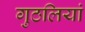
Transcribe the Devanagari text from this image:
गुठलियां